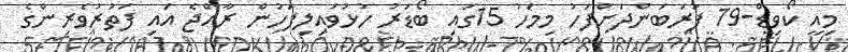
މިއީ ކޯވިޑް-19 ފުރަބަންދަށްފަހު މިމަހު 15ގައި ބޯޑަރު ހުޅުވައިލިފަހުން ރާއްޖެ އައި ފަތުރުވެރިންގެ